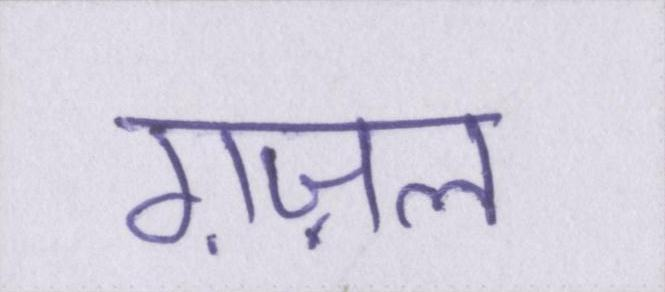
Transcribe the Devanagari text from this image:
ग़ज़ल